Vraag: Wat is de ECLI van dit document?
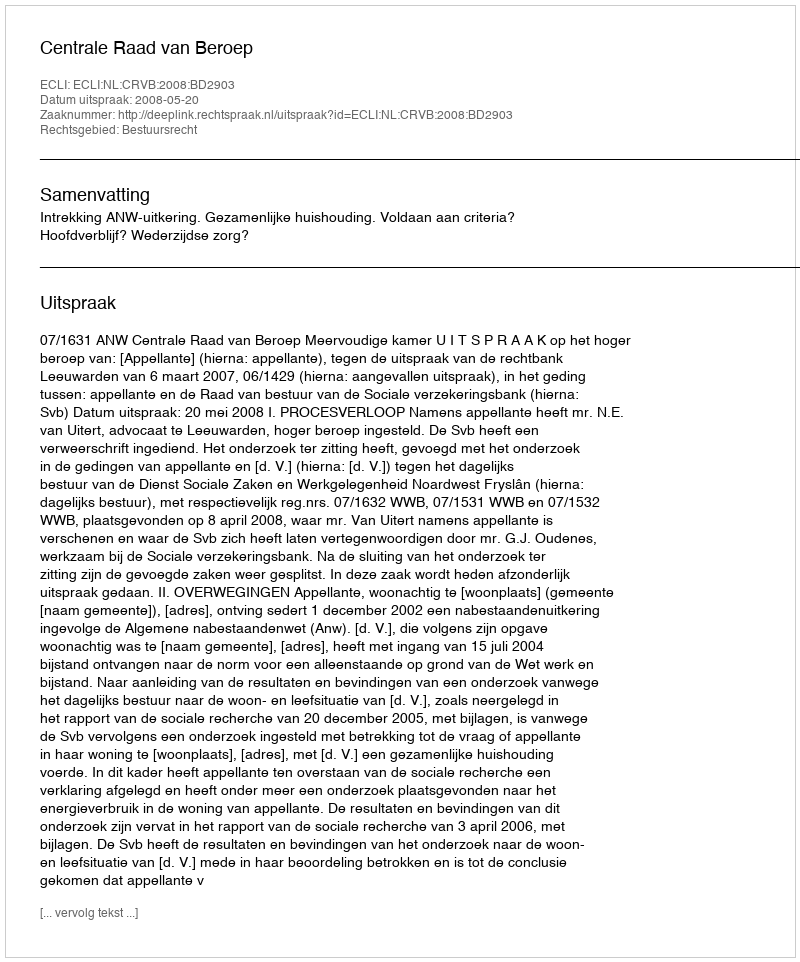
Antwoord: ECLI:NL:CRVB:2008:BD2903